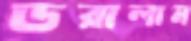
ডরালাম